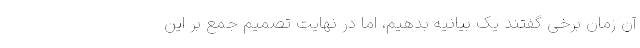
آن زمان برخی گفتند یک بیانیه بدهیم، اما در نهایت تصمیم جمع بر این